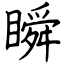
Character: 瞬